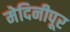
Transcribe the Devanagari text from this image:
मेदिनीपूर